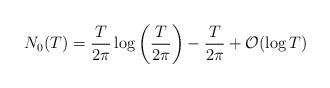
LaTeX: \begin{align*} N_0(T)=\frac{T}{2\pi}\log\left(\frac{T}{2\pi}\right)-\frac{T}{2\pi}+\mathcal{O}(\log T)\end{align*}